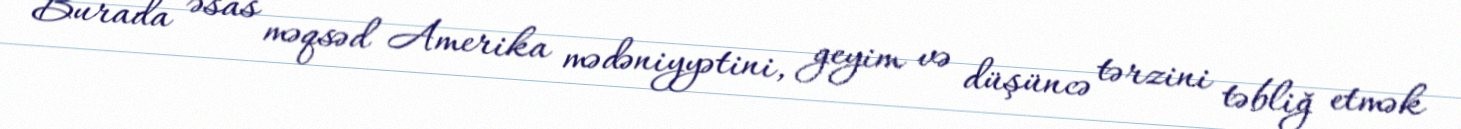
Burada əsas məqsəd Amerika mədəniyyətini, geyim və düşüncə tərzini təbliğ etmək